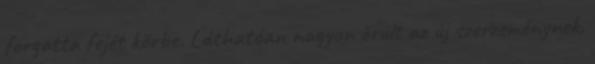
forgatta fejét körbe. Láthatóan nagyon örült az új szerzeménynek.